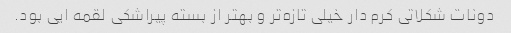
دونات شکلاتی کرم دار خیلی تازه‌تر و بهتر از بسته پیراشکی لقمه ایی بود.